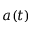
a ( t )